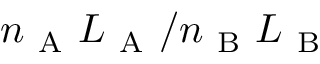
n _ { \mathrm { ~ A ~ } } L _ { \mathrm { ~ A ~ } } / n _ { \mathrm { ~ B ~ } } L _ { \mathrm { ~ B ~ } }